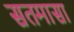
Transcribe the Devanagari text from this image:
सतमासा